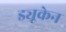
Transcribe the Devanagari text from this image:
ड्यूकेन